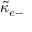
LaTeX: { \tilde { \kappa } } _ { e - }